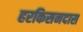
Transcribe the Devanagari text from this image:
हरकिसनदास